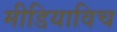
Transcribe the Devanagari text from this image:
मीडियाविच